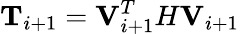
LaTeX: \mathbf{T}_{i+1}=\mathbf{V}_{i+1}^{T}H\mathbf{V}_{i+1}